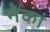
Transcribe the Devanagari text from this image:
नेकां